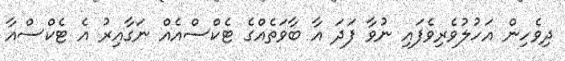
ދިވެހިން އަހުލުވެރިވެފައި ނުވާ ފަދަ އާ ބާވަތެއްގެ ޓެކްސްއެއް ނަގާއިރު އެ ޓެކްސްއާ